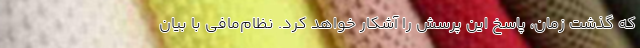
که گذشت زمان، پاسخ این پرسش را آشکار خواهد کرد. نظام‌مافی با بیان